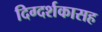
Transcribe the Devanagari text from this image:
दिग्दर्शकासह